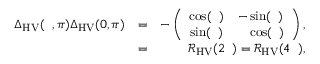
\begin{array} { r l r } { { \Delta } _ { \mathrm { H V } } ( { \it \Delta \phi } , \pi ) { \Delta } _ { \mathrm { H V } } ( 0 , \pi ) } & { = } & { - \left( \begin{array} { c c } { \cos ( { \it \Delta \phi } ) } & { - \sin ( { \it \Delta \phi } ) } \\ { \sin ( { \it \Delta \phi } ) } & { \ \ \ \cos ( { \it \Delta \phi } ) } \end{array} \right) , } \\ & { = } & { \mathcal { R } _ { \mathrm { H V } } ( 2 { \it \Delta \phi } ) = \mathcal { R } _ { \mathrm { H V } } ( 4 { \it \Delta \Psi } ) , } \end{array}